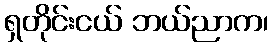
ရှတိုင်းငယ် ဘယ်ညာက၊